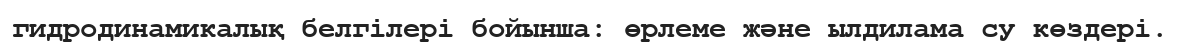
гидродинамикалық белгілері бойынша: өрлеме және ылдилама су көздері.